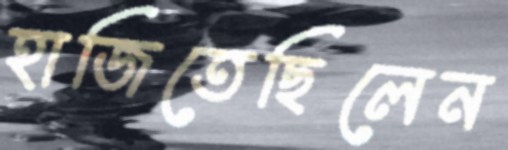
হাজিতেছিলেন